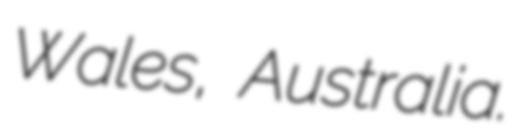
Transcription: Wales, Australia.